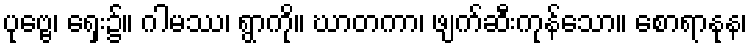
ပုဗ္ဗေ၊ ရှေး၌။ ဂါမဿ၊ ရွာကို။ ဃာတကာ၊ ဖျက်ဆီးကုန်သော။ စောရာနုန၊